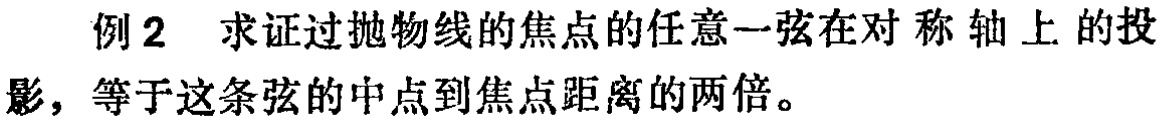
例2 求证过抛物线的焦点的任意一弦在对称轴上的投影，等于这条弦的中点到焦点距离的两倍。